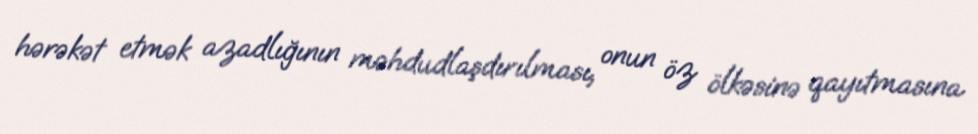
hərəkət etmək azadlığının məhdudlaşdırılması, onun öz ölkəsinə qayıtmasına